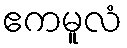
ဧကမူလံ